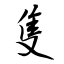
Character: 隻